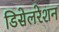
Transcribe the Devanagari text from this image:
डिसेलरेशन